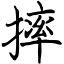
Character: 摔